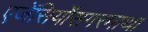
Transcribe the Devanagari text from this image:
एजेंसियोंसगरमाथा